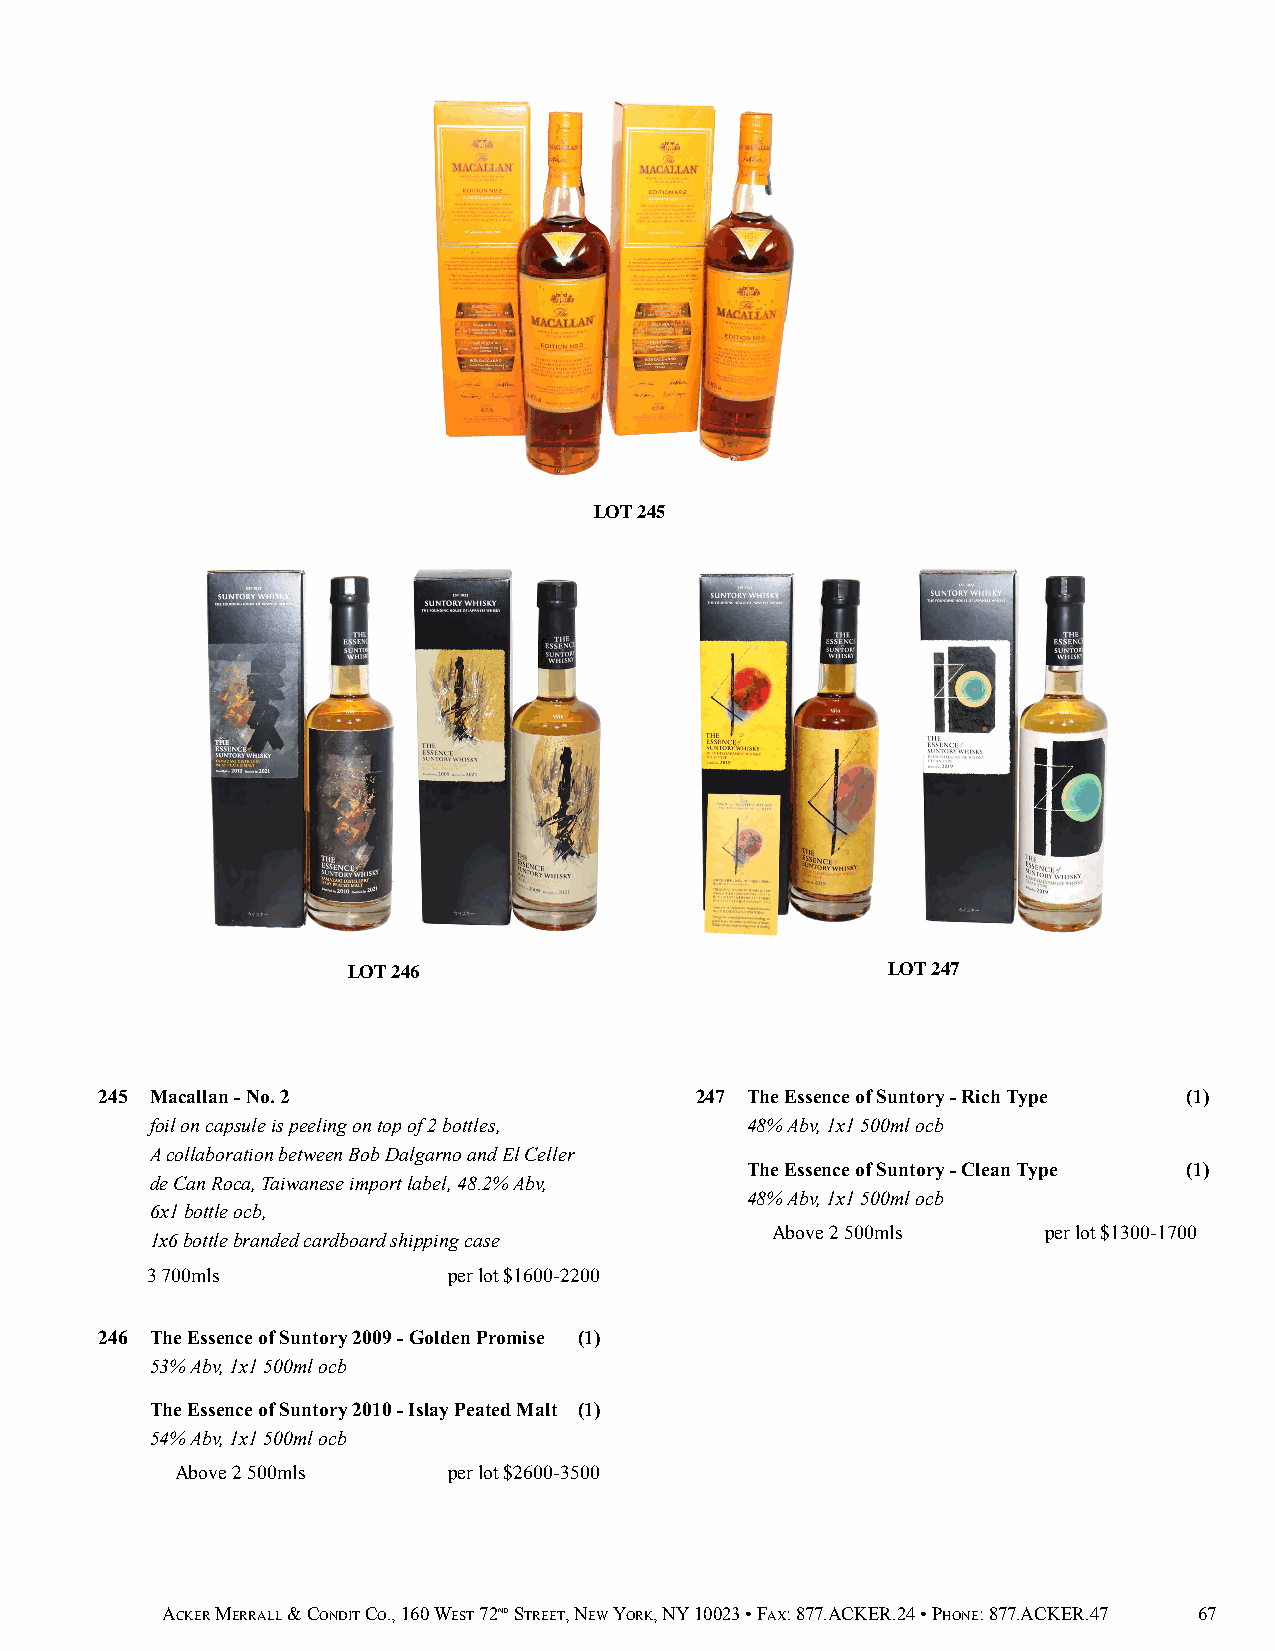
LOT 245
 LOT 246                             LOT 247
 245 Macallan - No. 2                   247 The Essence of Suntory - Rich Type (1)
 foil on capsule is peeling on top of 2 bottles, 48% Abv, 1x1 500ml ocb
 A collaboration between Bob Dalgarno and El Celler
 The Essence of Suntory - Clean Type (1)
 de Can Roca, Taiwanese import label, 48.2% Abv,
 48% Abv, 1x1 500ml ocb
 6x1 bottle ocb,
 1x6 bottle branded cardboard shipping case
 Above 2 500mls    per lot $1300-1700
 3 700mls            per lot $1600-2200
 246 The Essence of Suntory 2009 - Golden Promise (1)
 53% Abv, 1x1 500ml ocb
 The Essence of Suntory 2010 - Islay Peated Malt (1)
 54% Abv, 1x1 500ml ocb
 Above 2 500mls    per lot $2600-3500
 ACKER MERRALL & CONDIT CO., 160 WEST 72ND STREET, NEW YORK, NY 10023 • FAX: 877.ACKER.24 • PHONE: 877.ACKER.47 67